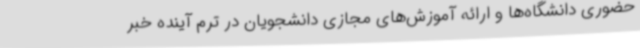
حضوری دانشگاه‌ها و ارائه آموزش‌های مجازی دانشجویان در ترم آینده خبر